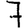
Digit: 7